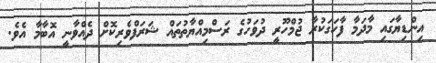
އިންޑިޔާގައި މާދަމާ ފާހަގަކުރާ ޖުމްހޫރީ ދުވަހުގެ ރަސްމިއްޔާތުތައް ޝަރަފްވެރިކޮށް ދެއްވާނީ އޮބާމާ އެވެ.